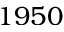
1 9 5 0